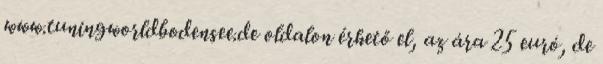
www.tuningworldbodensee.de oldalon érhető el, az ára 25 euró, de